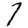
Digit: 7